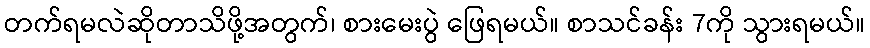
တက်ရမလဲဆိုတာသိဖို့အတွက်၊ စားမေးပွဲ ဖြေရမယ်။ စာသင်ခန်း 7ကို သွားရမယ်။